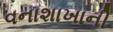
વનાશાખાની